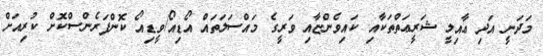
މަދަނީ އަދި ޢާއިލީ ޝަރީޢަތްތަކާއި ކައިވެންޏާއި ވަރީގެ މައްސަލަތައް އޯޑިއޯ/ވީޑިއޯ ކޮންފަރެންސްކޮށް ކުރިއަށް